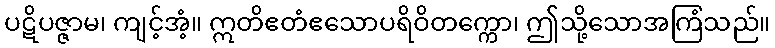
ပဋိပဇ္ဇာမ၊ ကျင့်အံ့။ ဣတိဧတံဧသောပရိဝိတက္ကော၊ ဤသို့သောအကြံသည်။